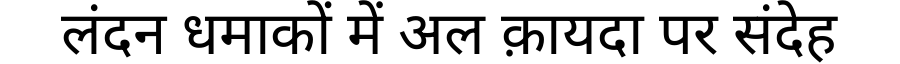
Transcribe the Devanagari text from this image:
लंदन धमाकों में अल क़ायदा पर संदेह